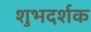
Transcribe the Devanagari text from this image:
शुभदर्शक